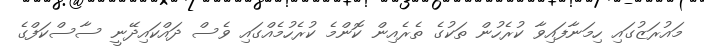
މައުރަޒުގައި ހިމަނާފައިވާ ކުރެހުން ތަކުގެ ތެރެއިން ކޮންމެ ކުރެހުމެއްގައި ވެސް ދައްކައިދޭނީ ސާސްކަފްގެ